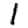
Digit: 1